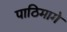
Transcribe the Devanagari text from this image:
पाठिमागे